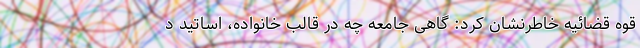
قوه قضائیه خاطرنشان کرد: گاهی جامعه‌ چه در قالب خانواده، اساتید د